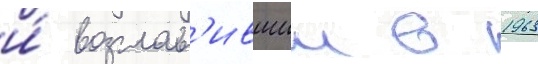
и́ возглав'ившии в 1963